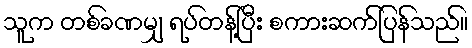
သူက တစ်ခဏမျှ ရပ်တန့်ပြီး စကားဆက်ပြန်သည်။